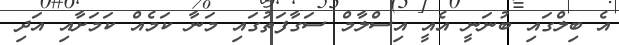
އެ ބިލްގައި ބުނަނީ އެއީ އިސްލާމް ސަގާފަތުގައި މަނާ ކަމެއް ކަމަށާއި އަދި